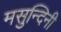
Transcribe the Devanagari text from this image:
मसुन्दिनी